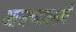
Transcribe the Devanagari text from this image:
आजच्याप्रमाणे